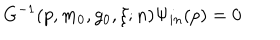
G ^ { - 1 } ( p , m _ { 0 } , g _ { 0 } , \xi ; n ) \Psi _ { i n } ( p ) = 0